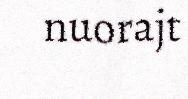
nuorajt